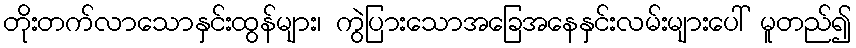
တိုးတက်လာသောနှင်းထွန်များ၊ ကွဲပြားသောအခြေအနေနှင်းလမ်းများပေါ် မူတည်၍